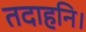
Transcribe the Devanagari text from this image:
तदाहनि।